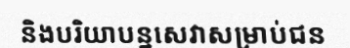
និងបរិយាបន្នសេវាសម្រាប់ជន